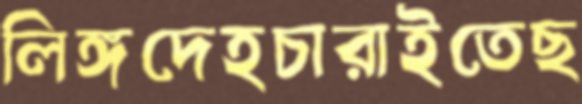
লিঙ্গদেহচারাইতেছ